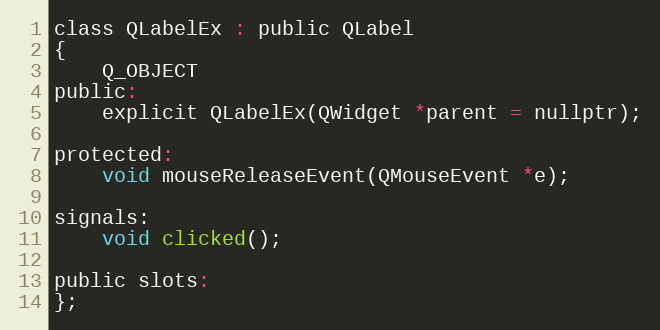
Language: C
class QLabelEx : public QLabel
{
    Q_OBJECT
public:
    explicit QLabelEx(QWidget *parent = nullptr);

protected:
    void mouseReleaseEvent(QMouseEvent *e);

signals:
    void clicked();

public slots:
};